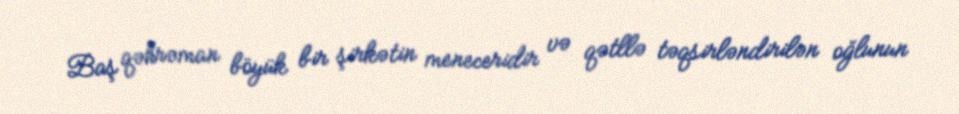
Baş qəhrəman böyük bir şirkətin meneceridir və qətllə təqsirləndirilən oğlunun